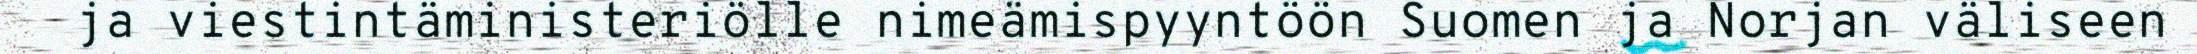
ja viestintäministeriölle nimeämispyyntöön Suomen ja Norjan väliseen